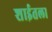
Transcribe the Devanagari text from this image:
शाईतला